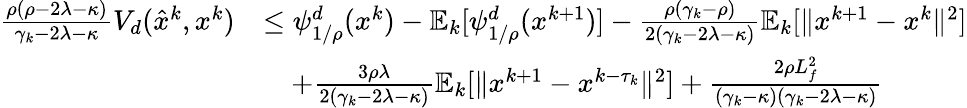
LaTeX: \begin{array}{rl}{\frac{\rho(\rho-2\lambda-\kappa)}{\gamma_{k}-2\lambda-\kappa}V_{d}(\hat{x}^{k},x^{k})}&{\leq\psi_{1/\rho}^{d}(x^{k})-\mathbb{E}_{k}[\psi_{1/\rho}^{d}(x^{k+1})]-\frac{\rho(\gamma_{k}-\rho)}{2(\gamma_{k}-2\lambda-\kappa)}\mathbb{E}_{k}[\| x^{k+1}-x^{k}\| ^{2}]}\\ &{\quad+\frac{3\rho\lambda}{2(\gamma_{k}-2\lambda-\kappa)}\mathbb{E}_{k}[\| x^{k+1}-x^{k-\tau_{k}}\| ^{2}]+\frac{2\rho L_{f}^{2}}{(\gamma_{k}-\kappa)(\gamma_{k}-2\lambda-\kappa)}}\end{array}